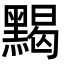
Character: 𪑦